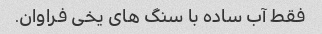
فقط آب ساده با سنگ های یخی فراوان.